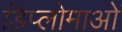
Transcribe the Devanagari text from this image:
डिप्लोमाओं